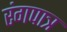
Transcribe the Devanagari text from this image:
रंगपात्र